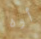
أوه